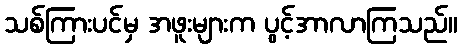
သစ်ကြားပင်မှ အဖူးများက ပွင့်အာလာကြသည်။